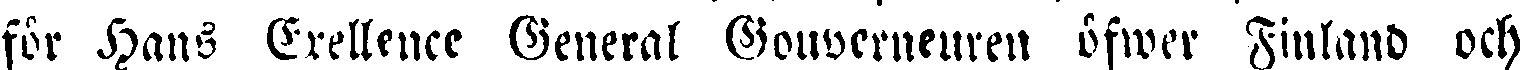
för Hans EXellence General Gouverneuren öfwer Finland och